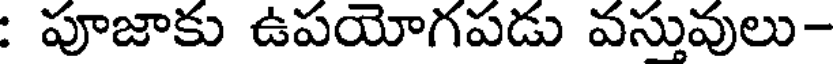
: పూజాకు ఉపయోగపడు వస్తువులు-